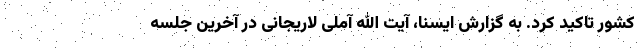
کشور تاکید کرد. به گزارش ایسنا، آیت الله آملی لاریجانی در آخرین جلسه